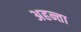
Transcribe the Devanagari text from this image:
अहन्ता